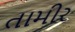
તામીર